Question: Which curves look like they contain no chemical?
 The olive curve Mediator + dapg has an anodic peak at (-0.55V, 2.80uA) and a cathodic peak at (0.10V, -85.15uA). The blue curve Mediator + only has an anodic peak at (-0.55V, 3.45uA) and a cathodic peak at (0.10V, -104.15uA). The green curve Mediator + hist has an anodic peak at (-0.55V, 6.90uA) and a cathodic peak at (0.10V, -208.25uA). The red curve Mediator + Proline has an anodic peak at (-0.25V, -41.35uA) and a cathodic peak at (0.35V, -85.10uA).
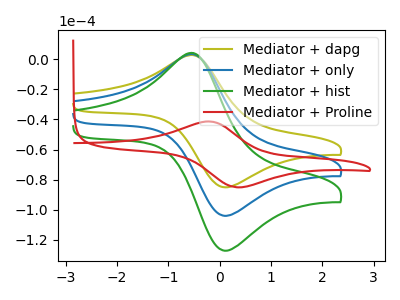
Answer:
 <answer>There are not any CV's on this graph that are likely to be blanks.</answer>
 <eval>none</eval>